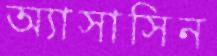
অ্যাসাসিন